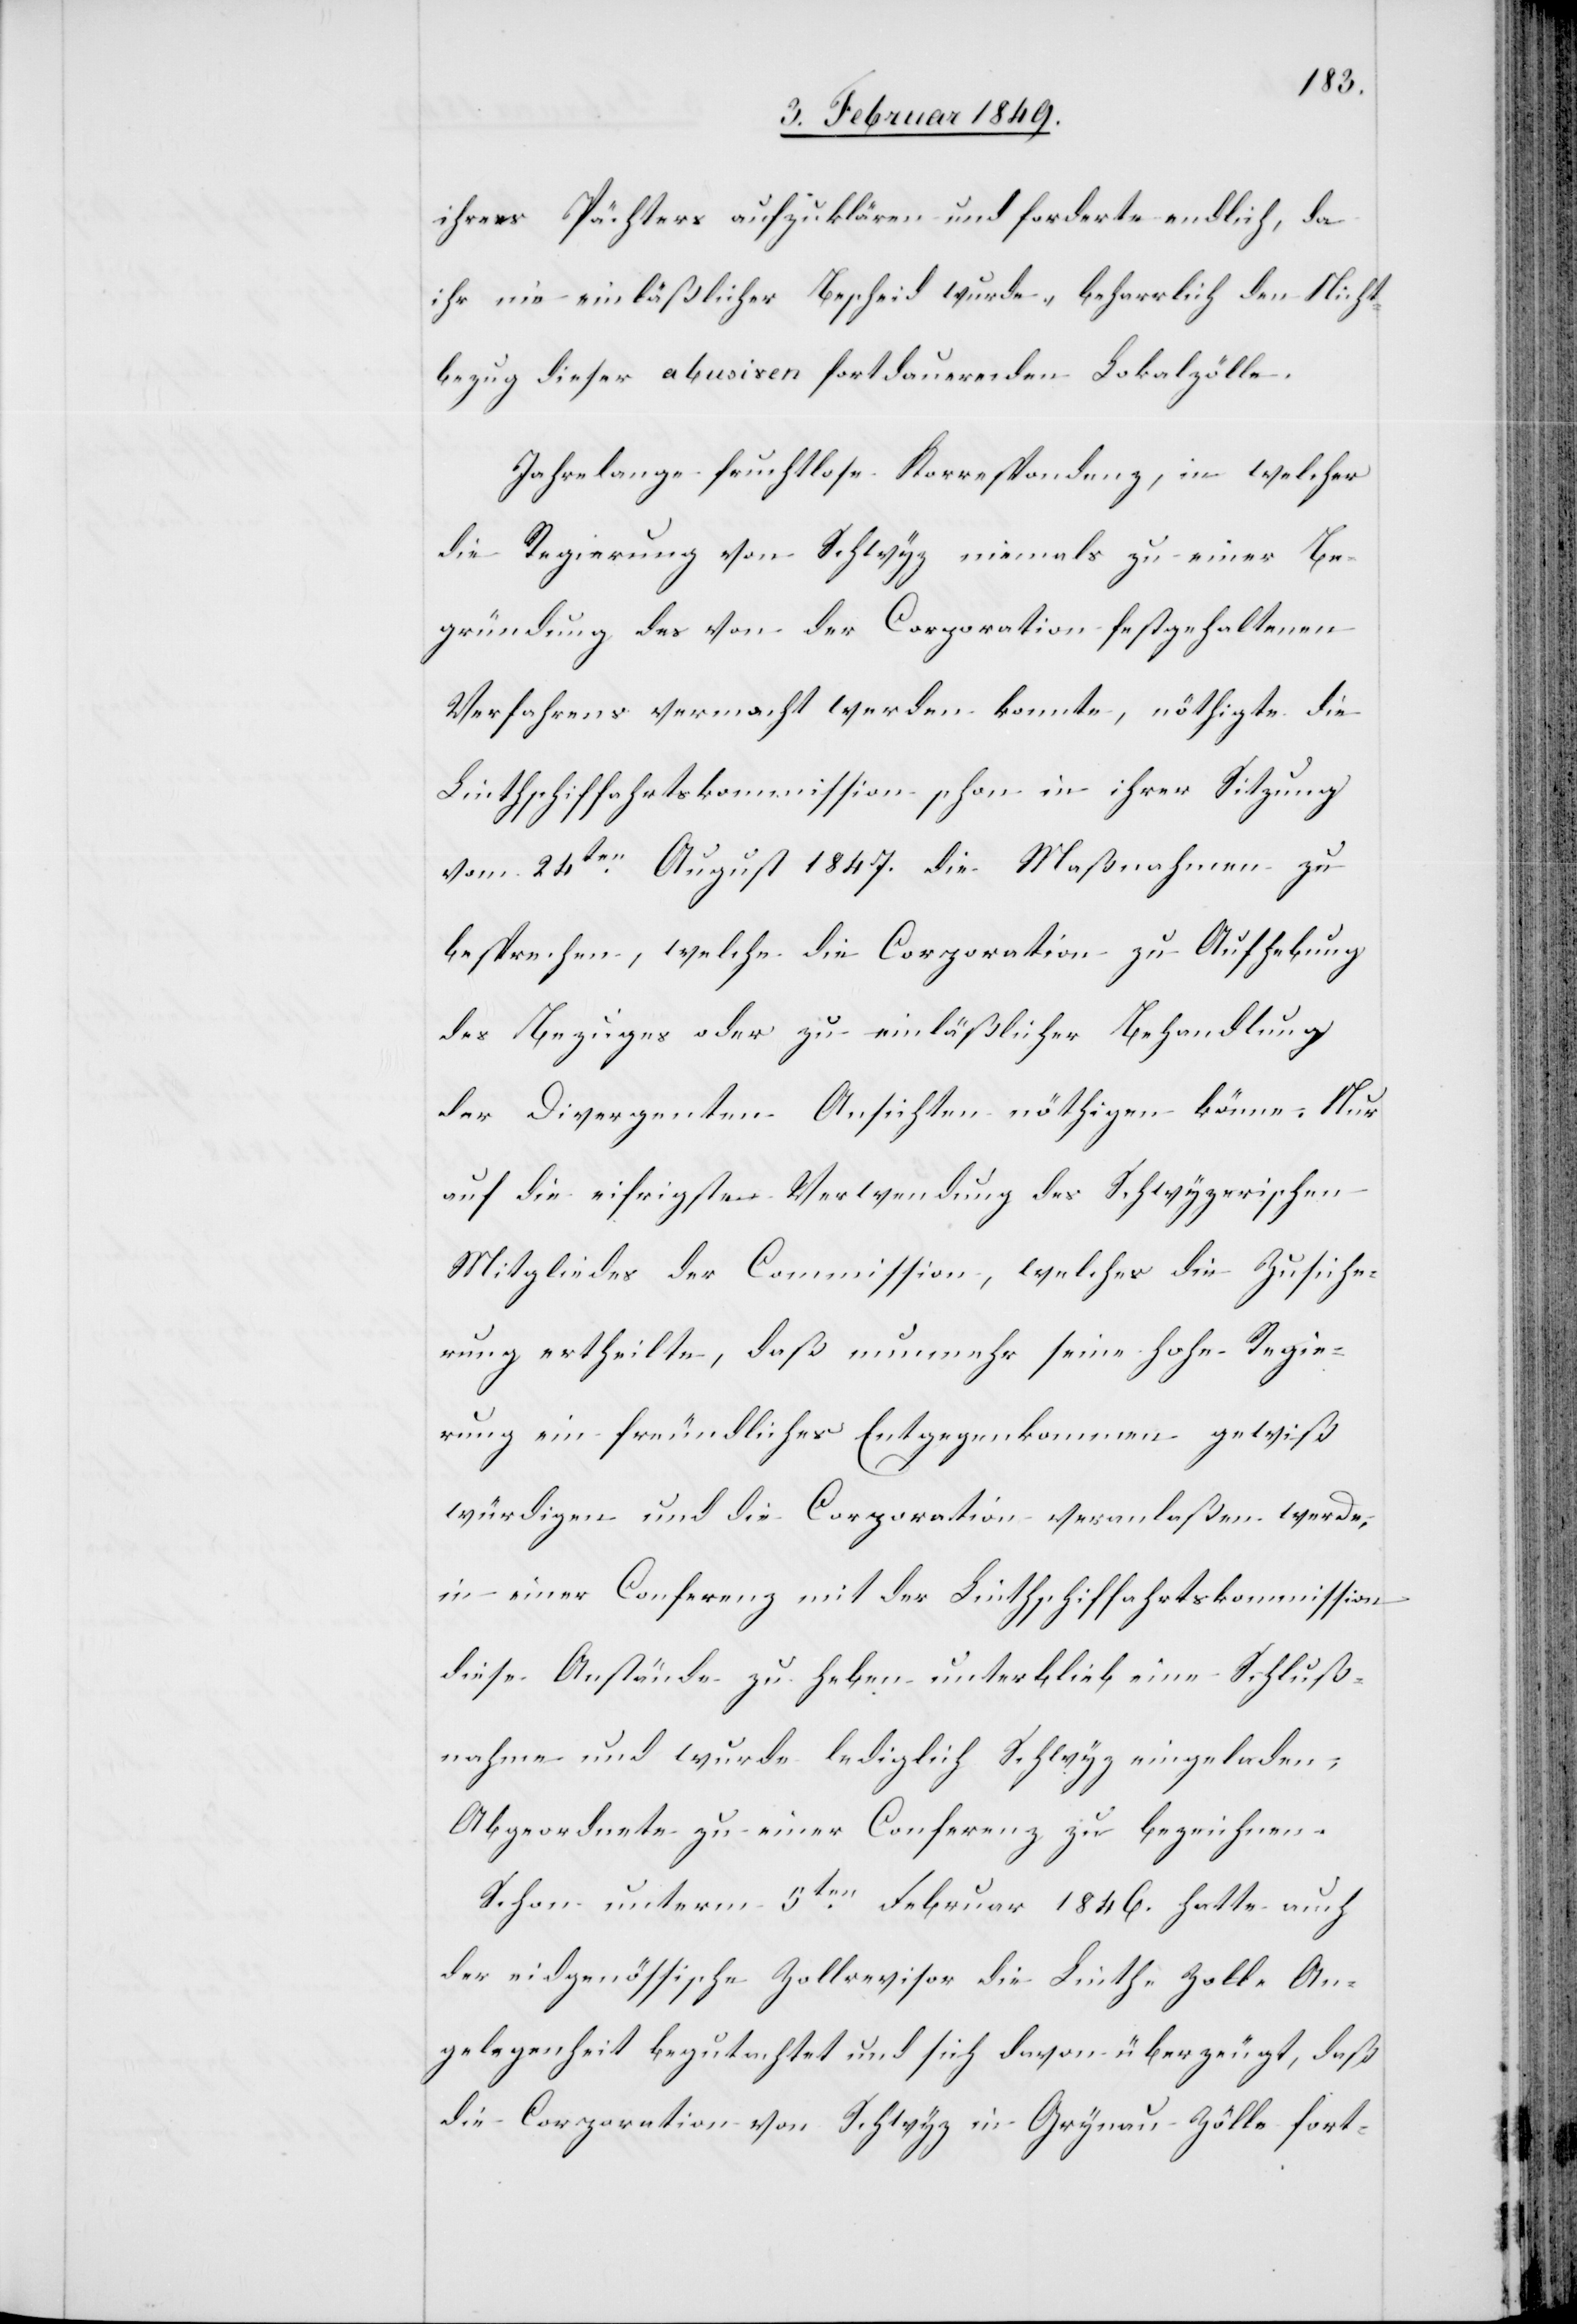
ihres Pächters aufzuklären und forderte endlich, da
ihr nie einläßlicher Bescheid wurde, beharrlich den Nicht¬
bezug dieser abusiven fortdauernden Lokalzölle.
Jahrelange fruchtlose Korrespondenz, in welcher
die Regierung von Schwyz niemals zu einer Be¬
gründung des von der Corporation festgehaltenen
Verfahrens vermacht werden konnte, nöthigte die
Linthschiffahrtskommission schon in ihrer Sitzung
vom 24ten. August 1847. die Maßnahmen zu
besprechen, welche die Corporation zu Aufhebung
des Bezuges oder zu einläßlicher Behandlung
der Divergenten Ansichten nöthigen könne. Nur
auf die eifrigste Verwendung des Schwyzerischen
Mitgliedes der Commission, welches die Zusiche¬
rung ertheilte, daß nunmehr seine hohe Regie¬
rung ein freundliches Entgegenkommen gewiß
würdigen und die Corporation veranlaßen werde,
in einer Conferenz mit der Linthschiffahrtskommission
diese Anstände zu heben unterblieb eine Schluß¬
nahme und wurde lediglich Schwyz eingeladen,
Abgeordnete zu einer Conferenz zu bezeichnen.
Schon unterm 5ten. Februar 1846. hatte auch
der eidgenößische Zollrevisor die Linth-Zoll-An¬
gelegenheit begutachtet und sich davon überzeugt, daß
die Corporation von Schwyz in Grynau Zölle fort-